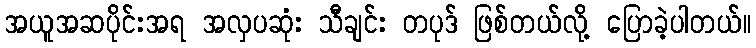
အယူအဆပိုင်းအရ အလှပဆုံး သီချင်း တပုဒ် ဖြစ်တယ်လို့ ပြောခဲ့ပါတယ်။